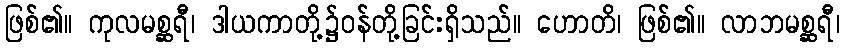
ဖြစ်၏။ ကုလမစ္ဆရီ၊ ဒါယကာတို့၌ဝန်တို့ခြင်းရှိသည်။ ဟောတိ၊ ဖြစ်၏။ လာဘမစ္ဆရီ၊